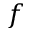
f